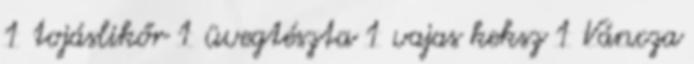
1 tojáslikőr 1 üvegtészta 1 vajas keksz 1 Váncza